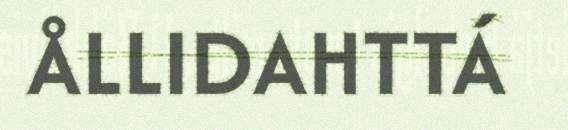
ÅLLIDAHTTÁ